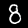
Label: 8